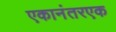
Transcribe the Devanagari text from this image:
एकानंतरएक